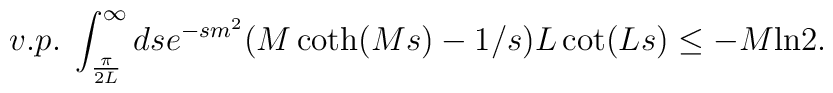
v.p.\;\int_{\frac{\pi}{2L}}^\infty dse^{-sm^2}(M\coth(Ms) - 1/s)L\cot(Ls) \le -M\mbox{ln}2.